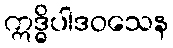
ဣဒ္ဓိပါဒဝသေန